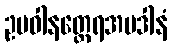
ဥပဝါနတ္ထေရအပဒါနံ